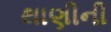
થાણીની